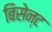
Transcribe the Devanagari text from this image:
बिसेन्ट